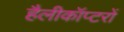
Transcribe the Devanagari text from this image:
हैलीकॉप्टरों